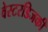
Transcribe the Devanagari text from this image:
वेस्टरडिजकी